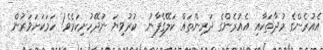
އެއުރެންގެ މުދާތަކާއި އެއުރެންގެ ދަރިންތައް ކަލޭގެފާނު  ކުރުވިޔަ ނުދޭހުށިކަމެވެ! ހަމަކަށަވަރުން